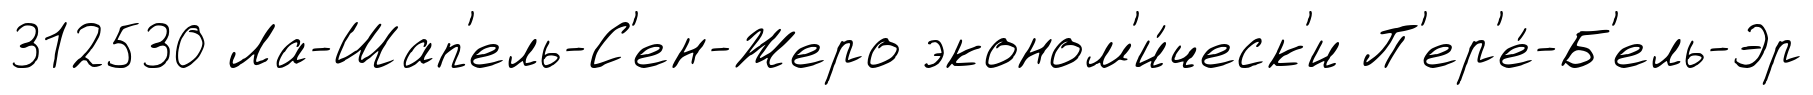
312530 Ла-Шап'ель-С'ен-Жеро эконом'и́ческ'и П'ер'е́-Б'ель-Эр